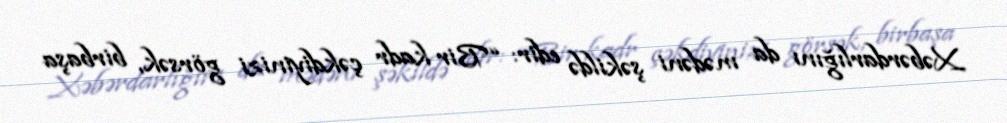
Xəbərdarlığını da mədəni şəkildə edir: “Bir kadr çəkdiyinizi görsək, birbaşa